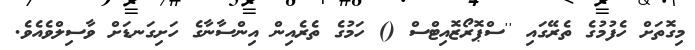
މިގޮތަށް ހެފުމުގެ ތެރޭގައި ''ސްޕޮރޯޒޮއިޓްސް () ހަމުގެ ތެރެއިން އިންސާނާގެ ހަށިގަނޑަށް ވާސިލްވެއެވެ.